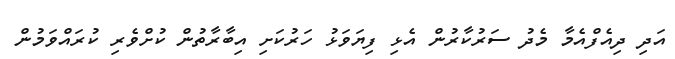
އަދި ދިއެފްއެމާ މެދު ސަރުކާރުން އެޅި ފިޔަވަޅު ހަރުކަށި އިބާރާތުން ކުށްވެރި ކުރައްވަމުން